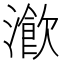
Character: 𤀔